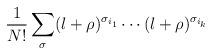
LaTeX: \begin{align*}\frac{1}{N!}\sum_{\sigma}(l+\rho)^{\sigma_{i_{1}}}\cdots(l+\rho)^{\sigma_{i_{k}}}\end{align*}